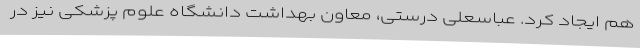
هم ایجاد کرد. عباسعلی درستی، معاون بهداشت دانشگاه علوم پزشکی نیز در